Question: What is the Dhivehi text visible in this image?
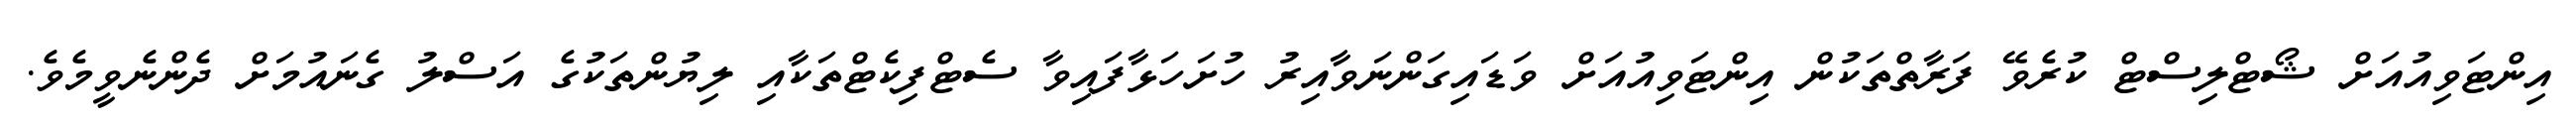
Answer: އިންޓަވިއުއަށް ޝޯޓްލިސްޓް ކުރެވޭ ފަރާތްތަކުން އިންޓަވިއުއަށް ވަޑައިގަންނަވާއިރު ހުށަހަޅާފައިވާ ސެޓްފިކެޓްތަކާއި ލިޔުންތަކުގެ އަސްލު ގެނައުމަށް ދެންނެވީމެވެ.